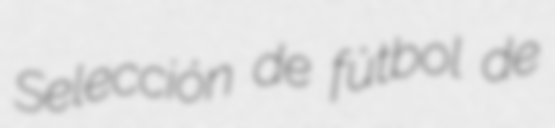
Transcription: Selección de fútbol de